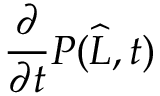
\frac { \partial } { \partial t } P ( \widehat { L } , t )